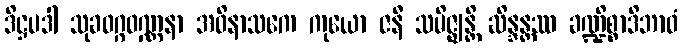
ဒိဋ္ဌပဒါ သုခဝဂ္ဂဝဏ္ဏနာ အဝိနာသကေ ကုယော ဇနီ သမိဇ္ဈန္တိ ဆိန္ဒန္တဿ ခဏ္ဍိစ္စာဒိဘာဝံ